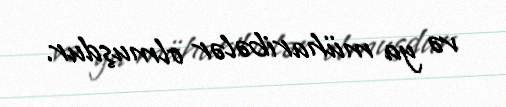
və ya müharibələr olmuşdur.